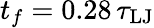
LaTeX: t_{f}=0.28\, \tau_{\mathrm{LJ}}